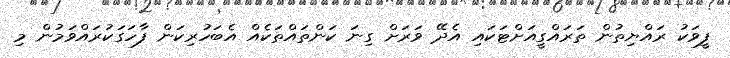
ފީވަކު ރައްޔިތުން ތަރައްގީއަށްޓަކައި އެދޭ ވަރަށް ގިނަ ކަންތައްތަކެއް އެބަހުރިކަން ފާހަގަކުރައްވަމުން މި